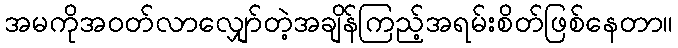
အမကိုအဝတ်လာလျှော်တဲ့အချိန်ကြည့်အရမ်းစိတ်ဖြစ်နေတာ။